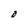
Character: O